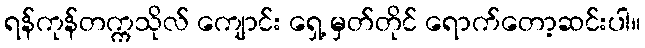
ရန်ကုန်တက္ကသိုလ် ကျောင်း ရှေ့ မှတ်တိုင် ရောက်တော့ဆင်းပါ။